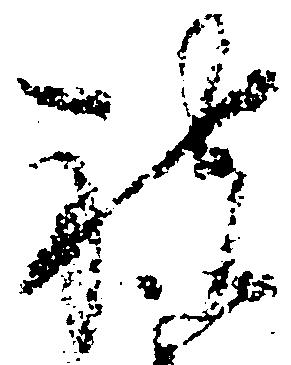
被